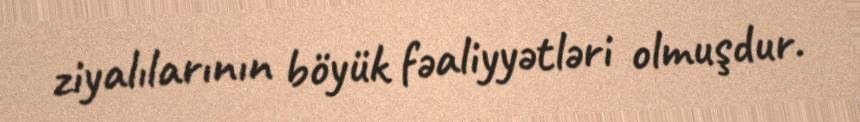
ziyalılarının böyük fəaliyyətləri olmuşdur.